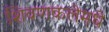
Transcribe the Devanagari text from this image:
शिवणकलेमधे